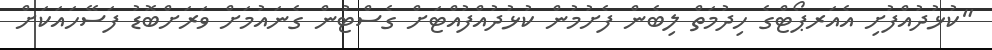
"ކުޅުދުއްފުށި އެއަރޕޯޓްގެ ހިދުމަތް ލިބެން ފެށުމުން ކުޅުދުއްފުއްޓަށް ގެސްޓުން ގެނައުމަށް ވަރަށްބޮޑު ފަސޭހައަކަށް